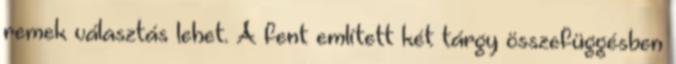
remek választás lehet. A fent említett két tárgy összefüggésben